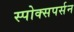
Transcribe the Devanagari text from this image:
स्पोक्सपर्सन